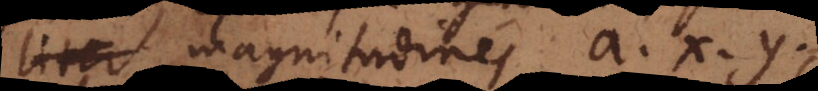
liter magnitudines a, x, y,